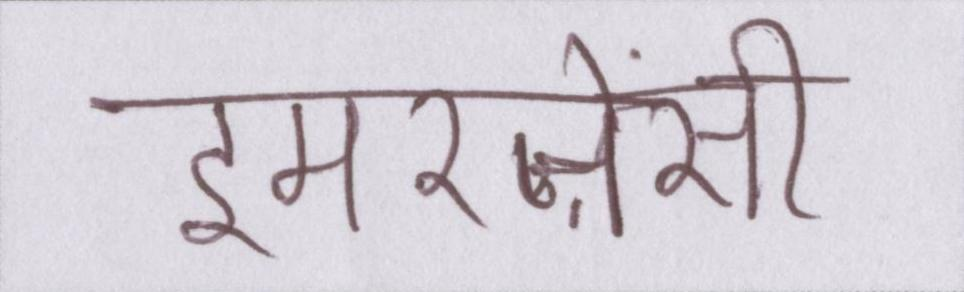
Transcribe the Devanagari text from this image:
इमरजेंसी